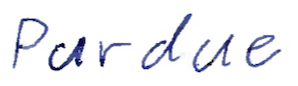
Text: Purdue
Cross-out: clean
Writing tool: ballpoint